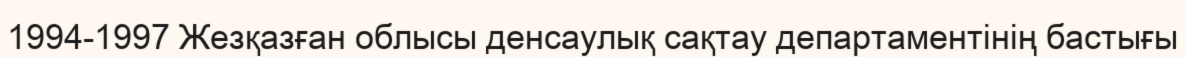
1994-1997 Жезқазған облысы денсаулық сақтау департаментінің бастығы